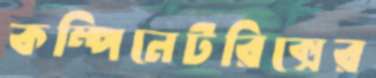
কম্পিনেটরিক্সের